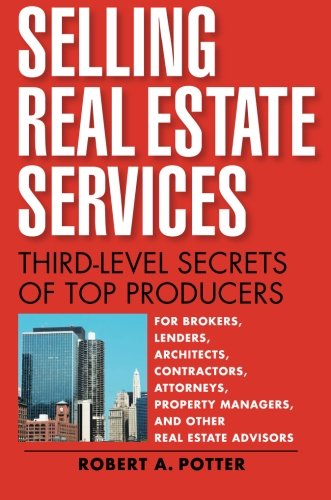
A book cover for Selling Real Estate Services: Third-Level Secrets of Top Producers; Robert A Potter; Business & Money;